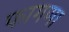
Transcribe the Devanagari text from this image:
फागणा